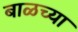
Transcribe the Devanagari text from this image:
बाळच्या